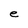
Character: e